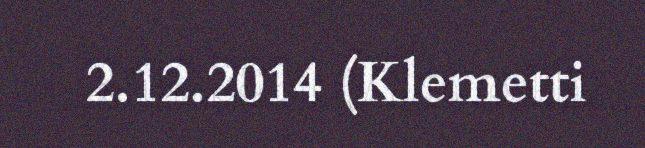
2.12.2014 (Klemetti